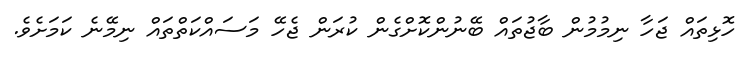
ހޮޅިތައް ޖަހާ ނިމުމުން ބާޖުތައް ބޭނުންކޮށްގެން ކުރަން ޖެހޭ މަސައްކަތްތައް ނިމޭނެ ކަމަށެވެ.